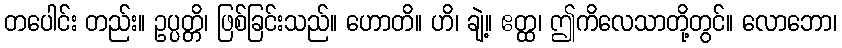
တပေါင်း တည်း။ ဥပ္ပတ္တိ၊ ဖြစ်ခြင်းသည်။ ဟောတိ။ ဟိ၊ ချဲ့။ ဧတ္ထ၊ ဤကိလေသာတို့တွင်။ လောဘော၊